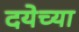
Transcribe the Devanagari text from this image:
दयेच्या